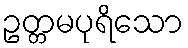
ဥတ္တမပုရိသော